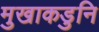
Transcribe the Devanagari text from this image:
मुखाकडुनि